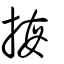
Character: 挴